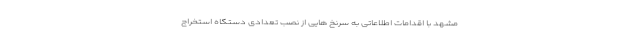
مشهد با اقدامات اطلاعاتی به سرنخ هایی از نصب تعدادی دستگاه استخراج